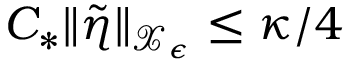
C _ { * } \| \tilde { \eta } \| _ { \mathcal { X } _ { \epsilon } } \le \kappa / 4